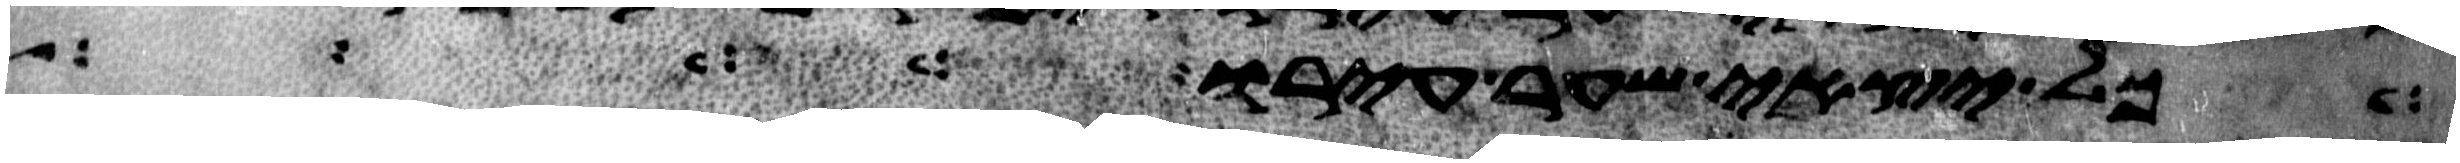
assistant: כל יצאי שער עירו ויהי